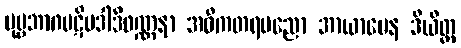
ပုဗ္ဗဘာဂပဋိပဒါဒိဝဏ္ဏနာ အဓိကတရပညော အာယာမေန ဒီယိတ္ထ